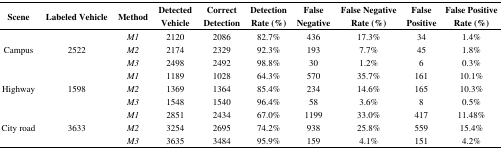
| Scene | Labeled Vehicle | Method | Detected Vehicle | Correct Detection | Detection Rate (%) | False Negative | False Negative Rate (%) | False Positive | False Positive Rate (%) |
 | --- | --- | --- | --- | --- | --- | --- | --- | --- | --- |
 | <ROWSPAN=3> Campus | <ROWSPAN=3> 2522 | M1 | 2120 | 2086 | 82.7% | 436 | 17.3% | 34 | 1.4% |
 | M2 | 2174 | 2329 | 92.3% | 193 | 7.7% | 45 | 1.8% |
 | M3 | 2498 | 2492 | 98.8% | 30 | 1.2% | 6 | 0.3% |
 | <ROWSPAN=3> Highway | <ROWSPAN=3> 1598 | M1 | 1189 | 1028 | 64.3% | 570 | 35.7% | 161 | 10.1% |
 | M2 | 1369 | 1364 | 85.4% | 234 | 14.6% | 165 | 10.3% |
 | M3 | 1548 | 1540 | 96.4% | 58 | 3.6% | 8 | 0.5% |
 | <ROWSPAN=3> City road | <ROWSPAN=3> 3633 | M1 | 2851 | 2434 | 67.0% | 1199 | 33.0% | 417 | 11.48% |
 | M2 | 3254 | 2695 | 74.2% | 938 | 25.8% | 559 | 15.4% |
 | M3 | 3635 | 3484 | 95.9% | 159 | 4.1% | 151 | 4.2% |